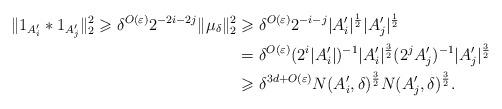
LaTeX: \begin{align*}\|1_{A_i'}*1_{A_j'}\|_2^2 \geqslant\delta^{O(\varepsilon)}2^{-2i-2j}\|\mu_{\delta}\|_2^2 & \geqslant \delta^{O(\varepsilon)}2^{-i-j}|A_i'|^{\frac{1}{2}}|A_j'|^{\frac{1}{2}}\\&=\delta^{O(\varepsilon)}(2^i|A_i'|)^{-1}|A_i'|^{\frac{3}{2}}(2^{j}A_j')^{-1}|A_j'|^{\frac{3}{2}}\\&\geqslant\delta^{3d+O(\varepsilon)}N(A_i',\delta)^{\frac{3}{2}}N(A_j',\delta)^{\frac{3}{2}}.\end{align*}